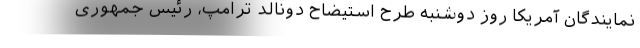
نمایندگان آمریکا روز دوشنبه طرح استیضاح دونالد ترامپ، رئیس جمهوری